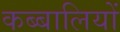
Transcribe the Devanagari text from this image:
कब्बालियों